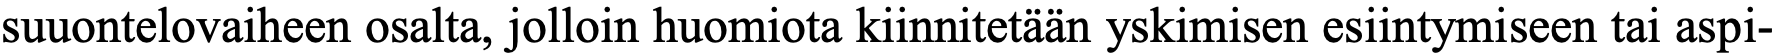
suuontelovaiheen osalta, jolloin huomiota kiinnitetään yskimisen esiintymiseen tai aspi-